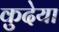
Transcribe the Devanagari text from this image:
कुदेया